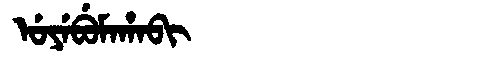
Manchu: ᡠᠶᡝᠪᡠᠮᠠᡥᠠᠪᡳ
Romanization: UYEBUMAHABI